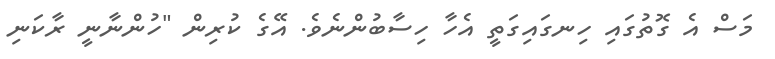
މަސް އެ ގޮތުގައި ހިނގައިގަތީ އެހާ ހިސާބުންނެެވެ. އޭގެ ކުރިން "ހުންނާނީ ރާކަނި